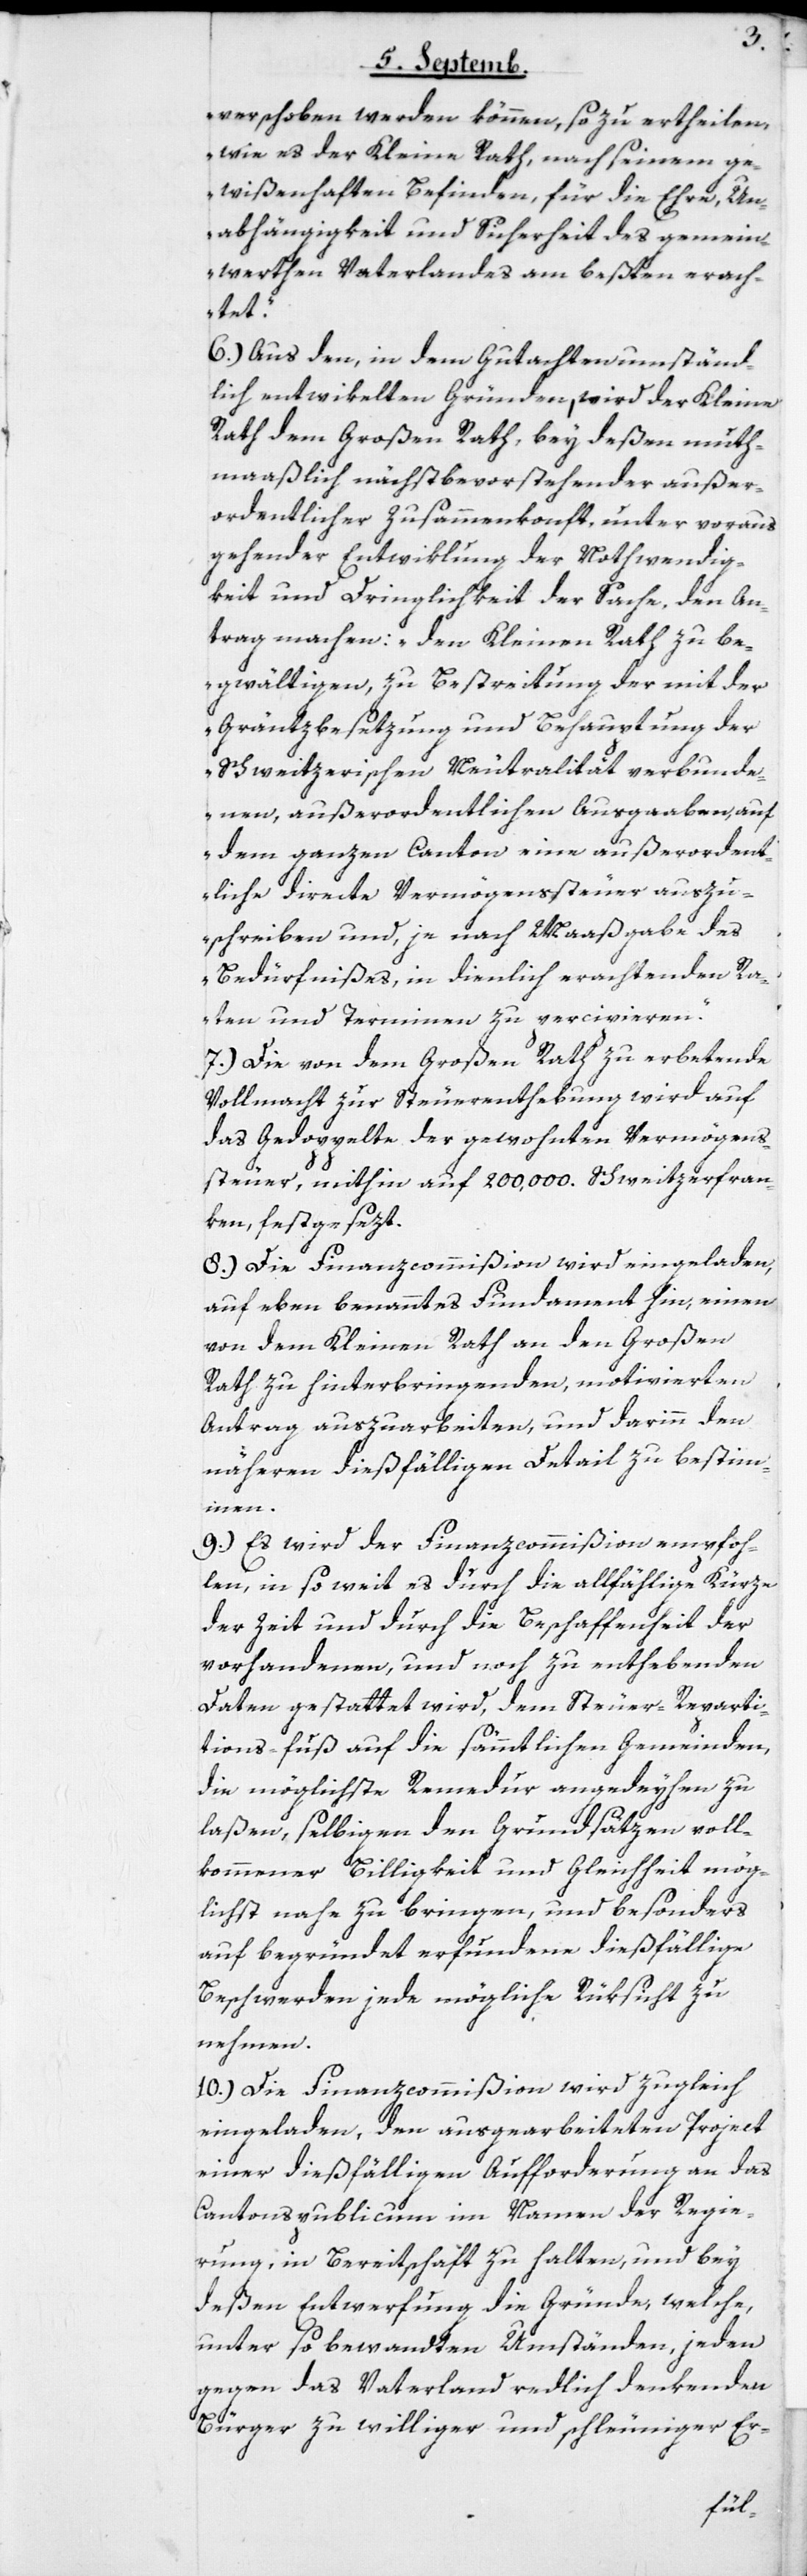
verschoben werden können, so zu ertheilen,
wie es der Kleine Rath, nach seinem ge¬
wißenhaften Befinden, für die Ehre, Un¬
abhängigkeit und Sicherheit des gemein¬
werthen Vaterlandes am beßten erach¬
tet“.
6.) Aus den, in dem Gutachten umständ¬
lich entwikelten Gründen, wird der Kleine
Rath dem Großen Rath, bey deßen muth¬
maaßlich nächstbevorstehender außer¬
ordentlicher Zusammenkonft, unter voraus
gehender Entwiklung der Nothwendig¬
keit und Dringlichkeit der Sache, den An¬
trag machen: „den Kleinen Rath zu be¬
gwältigen, zu Bestreitung der mit der
Gränzbesetzung und Behauptung der
Schweitzerischen Neutralität verbunde¬
nen, außerordentlichen Ausgaaben, auf
dem ganzen Canton eine außerordent¬
liche directe Vermögenssteuer auszu¬
schreiben und, je nach Maaßgabe des
Bedürfnißes, in dienlich erachtenden Ra¬
ten und Terminen zu percipieren“.
7.) Die von dem Großen Rath zu erbetende
Vollmacht zur Steuerenthebung wird auf
das Gedoppelte der gewohnten Vermögens¬
steuer, mithin auf 200,000. Schweitzerfran¬
ken, festgesezt.
8.) Die Finanzcommißion wird eingeladen,
auf eben benanntes Fundament hin, einen
von dem Kleinen Rath an den Großen
Rath zu hinterbringenden, motivierten
Antrag auszuarbeiten, und darinn den
näheren dießfälligen Detail zu bestim¬
men.
9.) Es wird der Finanzcommißion empfoh¬
len, in so weit es durch die allfählige Kürze
der Zeit und durch die Beschaffenheit der
vorhandenen, und noch zu enthebenden
Daten gestattet wird, dem Steuer-Reparti¬
tions-fuß auf die sämmtlichen Gemeinden,
die möglichste Remedur angedeyhen zu
laßen, selbigen den Grundsätzen voll¬
kommener Billigkeit und Gleichheit mög¬
lichst nahe zu bringen und besonders
auf begründet erfundene dießfällige
Beschwerden jede mögliche Rüksicht zu
nehmen.
10.) Die Finanzcommißion wird zugleich
eingeladen, den ausgearbeiteten Project
einer dießfälligen Aufforderung an das
Cantonspublicum im Namen der Regie¬
rung, in Bereitschaft zu halten, und bey
deßen Entwerfung die Gründe, welche
unter so bewandten Umständen, jeden
gegen das Vaterland redlich denkenden
Bürger zu williger und schleuniger Er-